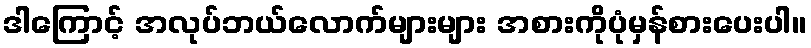
ဒါကြောင့် အလုပ်ဘယ်လောက်များများ အစားကိုပုံမှန်စားပေးပါ။